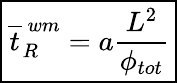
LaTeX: \boxed{\overline{{t}}_{R}^{\ wm}=a\frac{L^{2}}{\phi_{tot}}}